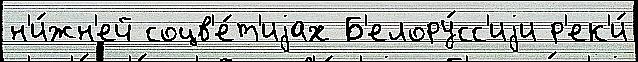
н'и́жн'ей соцв'е́т'иjах Б'елору́сс'иjи р'ек'и́